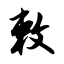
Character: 敕